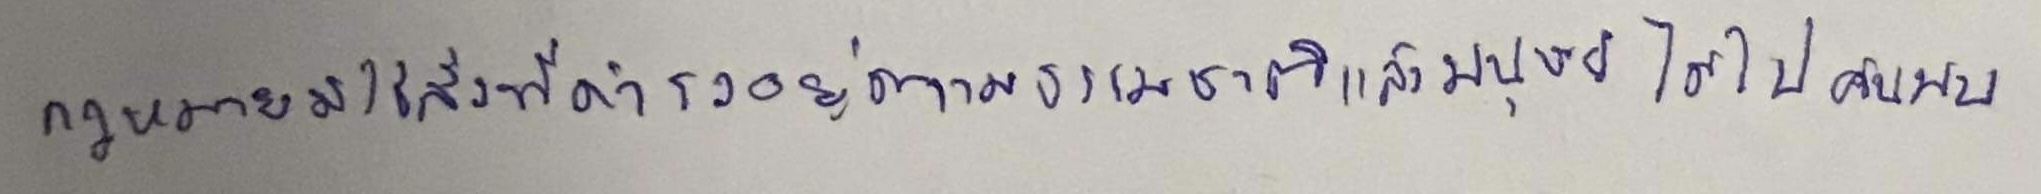
กฎหมายมิใช่สิ่งที่ดำรงอยู่ตามธรรมชาติแล้วมนุษย์ได้ไปค้นพบ